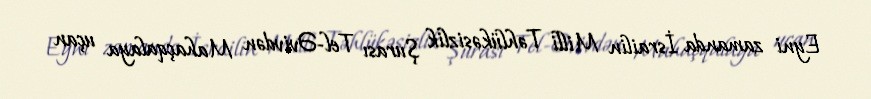
Eyni zamanda İsrailin Milli Təhlükəsizlik Şurası Tel-Əvivdən Mahaçqalaya uçan